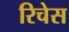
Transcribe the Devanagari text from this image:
रिचेस